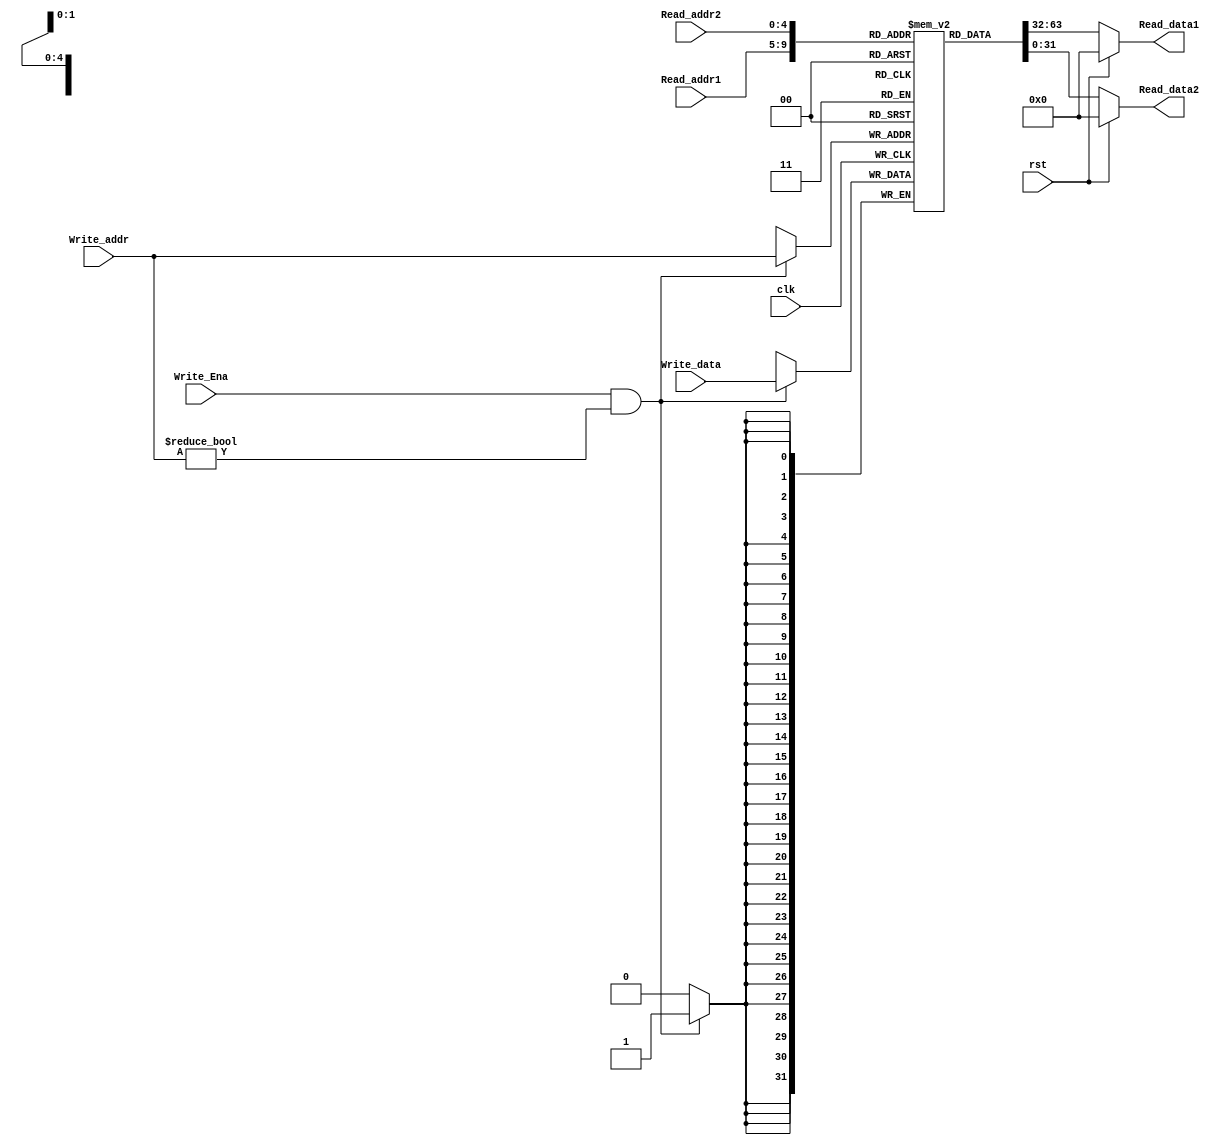
module Register_File(

    input clk,rst,Write_Ena,
    input [4:0]Read_addr1,Read_addr2,Write_addr,
    input [31:0]Write_data,
    output [31:0]Read_data1,Read_data2);

    reg [31:0] Register [31:0];
    
    initial begin
        Register[0] = 32'h00000000;
        Register[29] = 32'h00004010;
        Register[30] = 32'h00000001;
    end
	
    always @ (posedge clk)
    begin
        if(Write_Ena & (Write_addr != 5'h00))
            Register[Write_addr] <= Write_data;
    end

    assign Read_data1 = (rst==1'b1) ? 32'd0 : Register[Read_addr1];
    assign Read_data2 = (rst==1'b1) ? 32'd0 : Register[Read_addr2];

 
endmodule